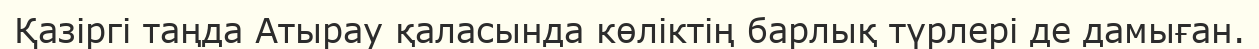
Қазіргі таңда Атырау қаласында көліктің барлық түрлері де дамыған.